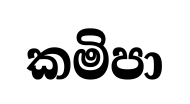
කමිපා